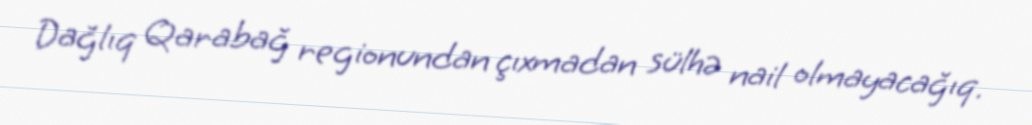
Dağlıq Qarabağ regionundan çıxmadan sülhə nail olmayacağıq.